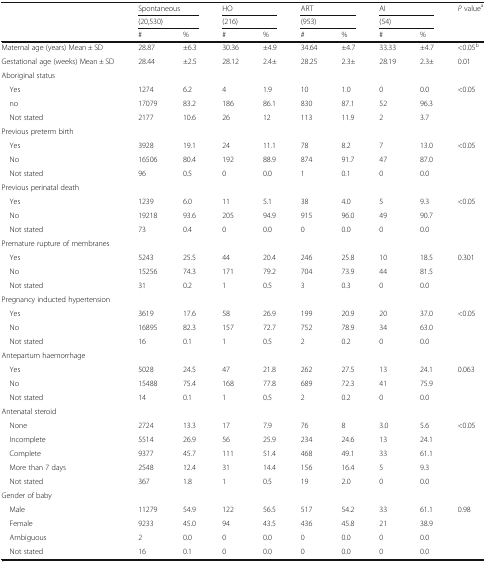
<table><thead><tr><td></td><td colspan="2"><b>Spontaneous</b></td><td colspan="2"><b>HO</b></td><td colspan="2"><b>ART</b></td><td colspan="2"><b>AI</b></td><td><b><i>P</i> value<sup>a</sup></b></td></tr><tr><td></td><td colspan="2"><b>(20,530)</b></td><td colspan="2"><b>(216)</b></td><td colspan="2"><b>(953)</b></td><td colspan="2"><b>(54)</b></td><td></td></tr><tr><td></td><td><b>#</b></td><td><b>%</b></td><td><b>#</b></td><td><b>%</b></td><td><b>#</b></td><td><b>%</b></td><td><b>#</b></td><td><b>%</b></td><td></td></tr></thead><tbody><tr><td>Maternal age (years) Mean ± SD</td><td>28.87</td><td>±6.3</td><td>30.36</td><td>±4.9</td><td>34.64</td><td>±4.7</td><td>33.33</td><td>±4.7</td><td>&lt;0.05<sup>b</sup></td></tr><tr><td>Gestational age (weeks) Mean ± SD</td><td>28.44</td><td>±2.5</td><td>28.12</td><td>2.4±</td><td>28.25</td><td>2.3±</td><td>28.19</td><td>2.3±</td><td>0.01</td></tr><tr><td>Aboriginal status</td><td></td><td></td><td></td><td></td><td></td><td></td><td></td><td></td><td></td></tr><tr><td> Yes</td><td>1274</td><td>6.2</td><td>4</td><td>1.9</td><td>10</td><td>1.0</td><td>0</td><td>0.0</td><td>&lt;0.05</td></tr><tr><td> no</td><td>17079</td><td>83.2</td><td>186</td><td>86.1</td><td>830</td><td>87.1</td><td>52</td><td>96.3</td><td></td></tr><tr><td> Not stated</td><td>2177</td><td>10.6</td><td>26</td><td>12</td><td>113</td><td>11.9</td><td>2</td><td>3.7</td><td></td></tr><tr><td>Previous preterm birth</td><td></td><td></td><td></td><td></td><td></td><td></td><td></td><td></td><td></td></tr><tr><td> Yes</td><td>3928</td><td>19.1</td><td>24</td><td>11.1</td><td>78</td><td>8.2</td><td>7</td><td>13.0</td><td>&lt;0.05</td></tr><tr><td> No</td><td>16506</td><td>80.4</td><td>192</td><td>88.9</td><td>874</td><td>91.7</td><td>47</td><td>87.0</td><td></td></tr><tr><td> Not stated</td><td>96</td><td>0.5</td><td>0</td><td>0.0</td><td>1</td><td>0.1</td><td>0</td><td>0.0</td><td></td></tr><tr><td>Previous perinatal death</td><td></td><td></td><td></td><td></td><td></td><td></td><td></td><td></td><td></td></tr><tr><td> Yes</td><td>1239</td><td>6.0</td><td>11</td><td>5.1</td><td>38</td><td>4.0</td><td>5</td><td>9.3</td><td>&lt;0.05</td></tr><tr><td> No</td><td>19218</td><td>93.6</td><td>205</td><td>94.9</td><td>915</td><td>96.0</td><td>49</td><td>90.7</td><td></td></tr><tr><td> Not stated</td><td>73</td><td>0.4</td><td>0</td><td>0.0</td><td>0</td><td>0.0</td><td>0</td><td>0.0</td><td></td></tr><tr><td colspan="2">Premature rupture of membranes</td><td></td><td></td><td></td><td></td><td></td><td></td><td></td><td></td></tr><tr><td> Yes</td><td>5243</td><td>25.5</td><td>44</td><td>20.4</td><td>246</td><td>25.8</td><td>10</td><td>18.5</td><td>0.301</td></tr><tr><td> No</td><td>15256</td><td>74.3</td><td>171</td><td>79.2</td><td>704</td><td>73.9</td><td>44</td><td>81.5</td><td></td></tr><tr><td> Not stated</td><td>31</td><td>0.2</td><td>1</td><td>0.5</td><td>3</td><td>0.3</td><td>0</td><td>0.0</td><td></td></tr><tr><td colspan="2">Pregnancy inducted hypertension</td><td></td><td></td><td></td><td></td><td></td><td></td><td></td><td></td></tr><tr><td> Yes</td><td>3619</td><td>17.6</td><td>58</td><td>26.9</td><td>199</td><td>20.9</td><td>20</td><td>37.0</td><td>&lt;0.05</td></tr><tr><td> No</td><td>16895</td><td>82.3</td><td>157</td><td>72.7</td><td>752</td><td>78.9</td><td>34</td><td>63.0</td><td></td></tr><tr><td> Not stated</td><td>16</td><td>0.1</td><td>1</td><td>0.5</td><td>2</td><td>0.2</td><td>0</td><td>0.0</td><td></td></tr><tr><td>Antepartum haemorrhage</td><td></td><td></td><td></td><td></td><td></td><td></td><td></td><td></td><td></td></tr><tr><td> Yes</td><td>5028</td><td>24.5</td><td>47</td><td>21.8</td><td>262</td><td>27.5</td><td>13</td><td>24.1</td><td>0.063</td></tr><tr><td> No</td><td>15488</td><td>75.4</td><td>168</td><td>77.8</td><td>689</td><td>72.3</td><td>41</td><td>75.9</td><td></td></tr><tr><td> Not stated</td><td>14</td><td>0.1</td><td>1</td><td>0.5</td><td>2</td><td>0.2</td><td>0</td><td>0.0</td><td></td></tr><tr><td>Antenatal steroid</td><td></td><td></td><td></td><td></td><td></td><td></td><td></td><td></td><td></td></tr><tr><td> None</td><td>2724</td><td>13.3</td><td>17</td><td>7.9</td><td>76</td><td>8</td><td>3.0</td><td>5.6</td><td>&lt;0.05</td></tr><tr><td> Incomplete</td><td>5514</td><td>26.9</td><td>56</td><td>25.9</td><td>234</td><td>24.6</td><td>13</td><td>24.1</td><td></td></tr><tr><td> Complete</td><td>9377</td><td>45.7</td><td>111</td><td>51.4</td><td>468</td><td>49.1</td><td>33</td><td>61.1</td><td></td></tr><tr><td> More than 7 days</td><td>2548</td><td>12.4</td><td>31</td><td>14.4</td><td>156</td><td>16.4</td><td>5</td><td>9.3</td><td></td></tr><tr><td> Not stated</td><td>367</td><td>1.8</td><td>1</td><td>0.5</td><td>19</td><td>2.0</td><td>0</td><td>0.0</td><td></td></tr><tr><td>Gender of baby</td><td></td><td></td><td></td><td></td><td></td><td></td><td></td><td></td><td></td></tr><tr><td> Male</td><td>11279</td><td>54.9</td><td>122</td><td>56.5</td><td>517</td><td>54.2</td><td>33</td><td>61.1</td><td>0.98</td></tr><tr><td> Female</td><td>9233</td><td>45.0</td><td>94</td><td>43.5</td><td>436</td><td>45.8</td><td>21</td><td>38.9</td><td></td></tr><tr><td> Ambiguous</td><td>2</td><td>0.0</td><td>0</td><td>0.0</td><td>0</td><td>0.0</td><td>0</td><td>0.0</td><td></td></tr><tr><td> Not stated</td><td>16</td><td>0.1</td><td>0</td><td>0.0</td><td>0</td><td>0.0</td><td>0</td><td>0.0</td><td></td></tr></tbody></table>